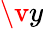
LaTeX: \v y